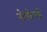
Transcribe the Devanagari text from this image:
नोफोल्लो